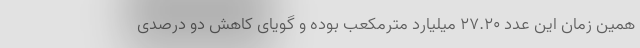
همین زمان این عدد ۲۷.۲۰ میلیارد مترمکعب بوده و گویای کاهش دو درصدی